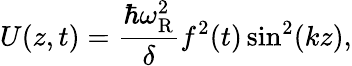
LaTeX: U(z,t)={\frac{\hbar\omega_{\mathrm{R}}^{2}}{\delta}}f^{2}(t)\sin^{2}(kz),